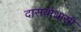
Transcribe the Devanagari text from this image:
दासबोधासी